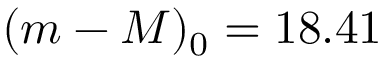
( m - M ) _ { 0 } = 1 8 . 4 1